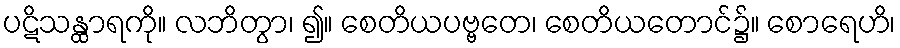
ပဋိသန္ထာရကို။ လဘိတွာ၊ ၍။ စေတိယပဗ္ဗတေ၊ စေတိယတောင်၌။ စောရေဟိ၊